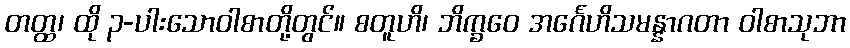
တတ္ထ၊ ထို ၃-ပါးသောဝါစာတို့တွင်။ စတူဟိ၊ ဘိက္ခဝေ အင်္ဂေဟိသမန္နာဂတာ ဝါစာသုဘာ